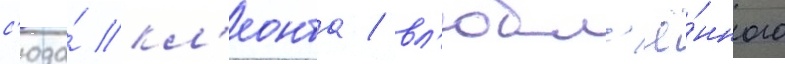
с'юда́ кл'еонта / вл'юбл'ё́нного